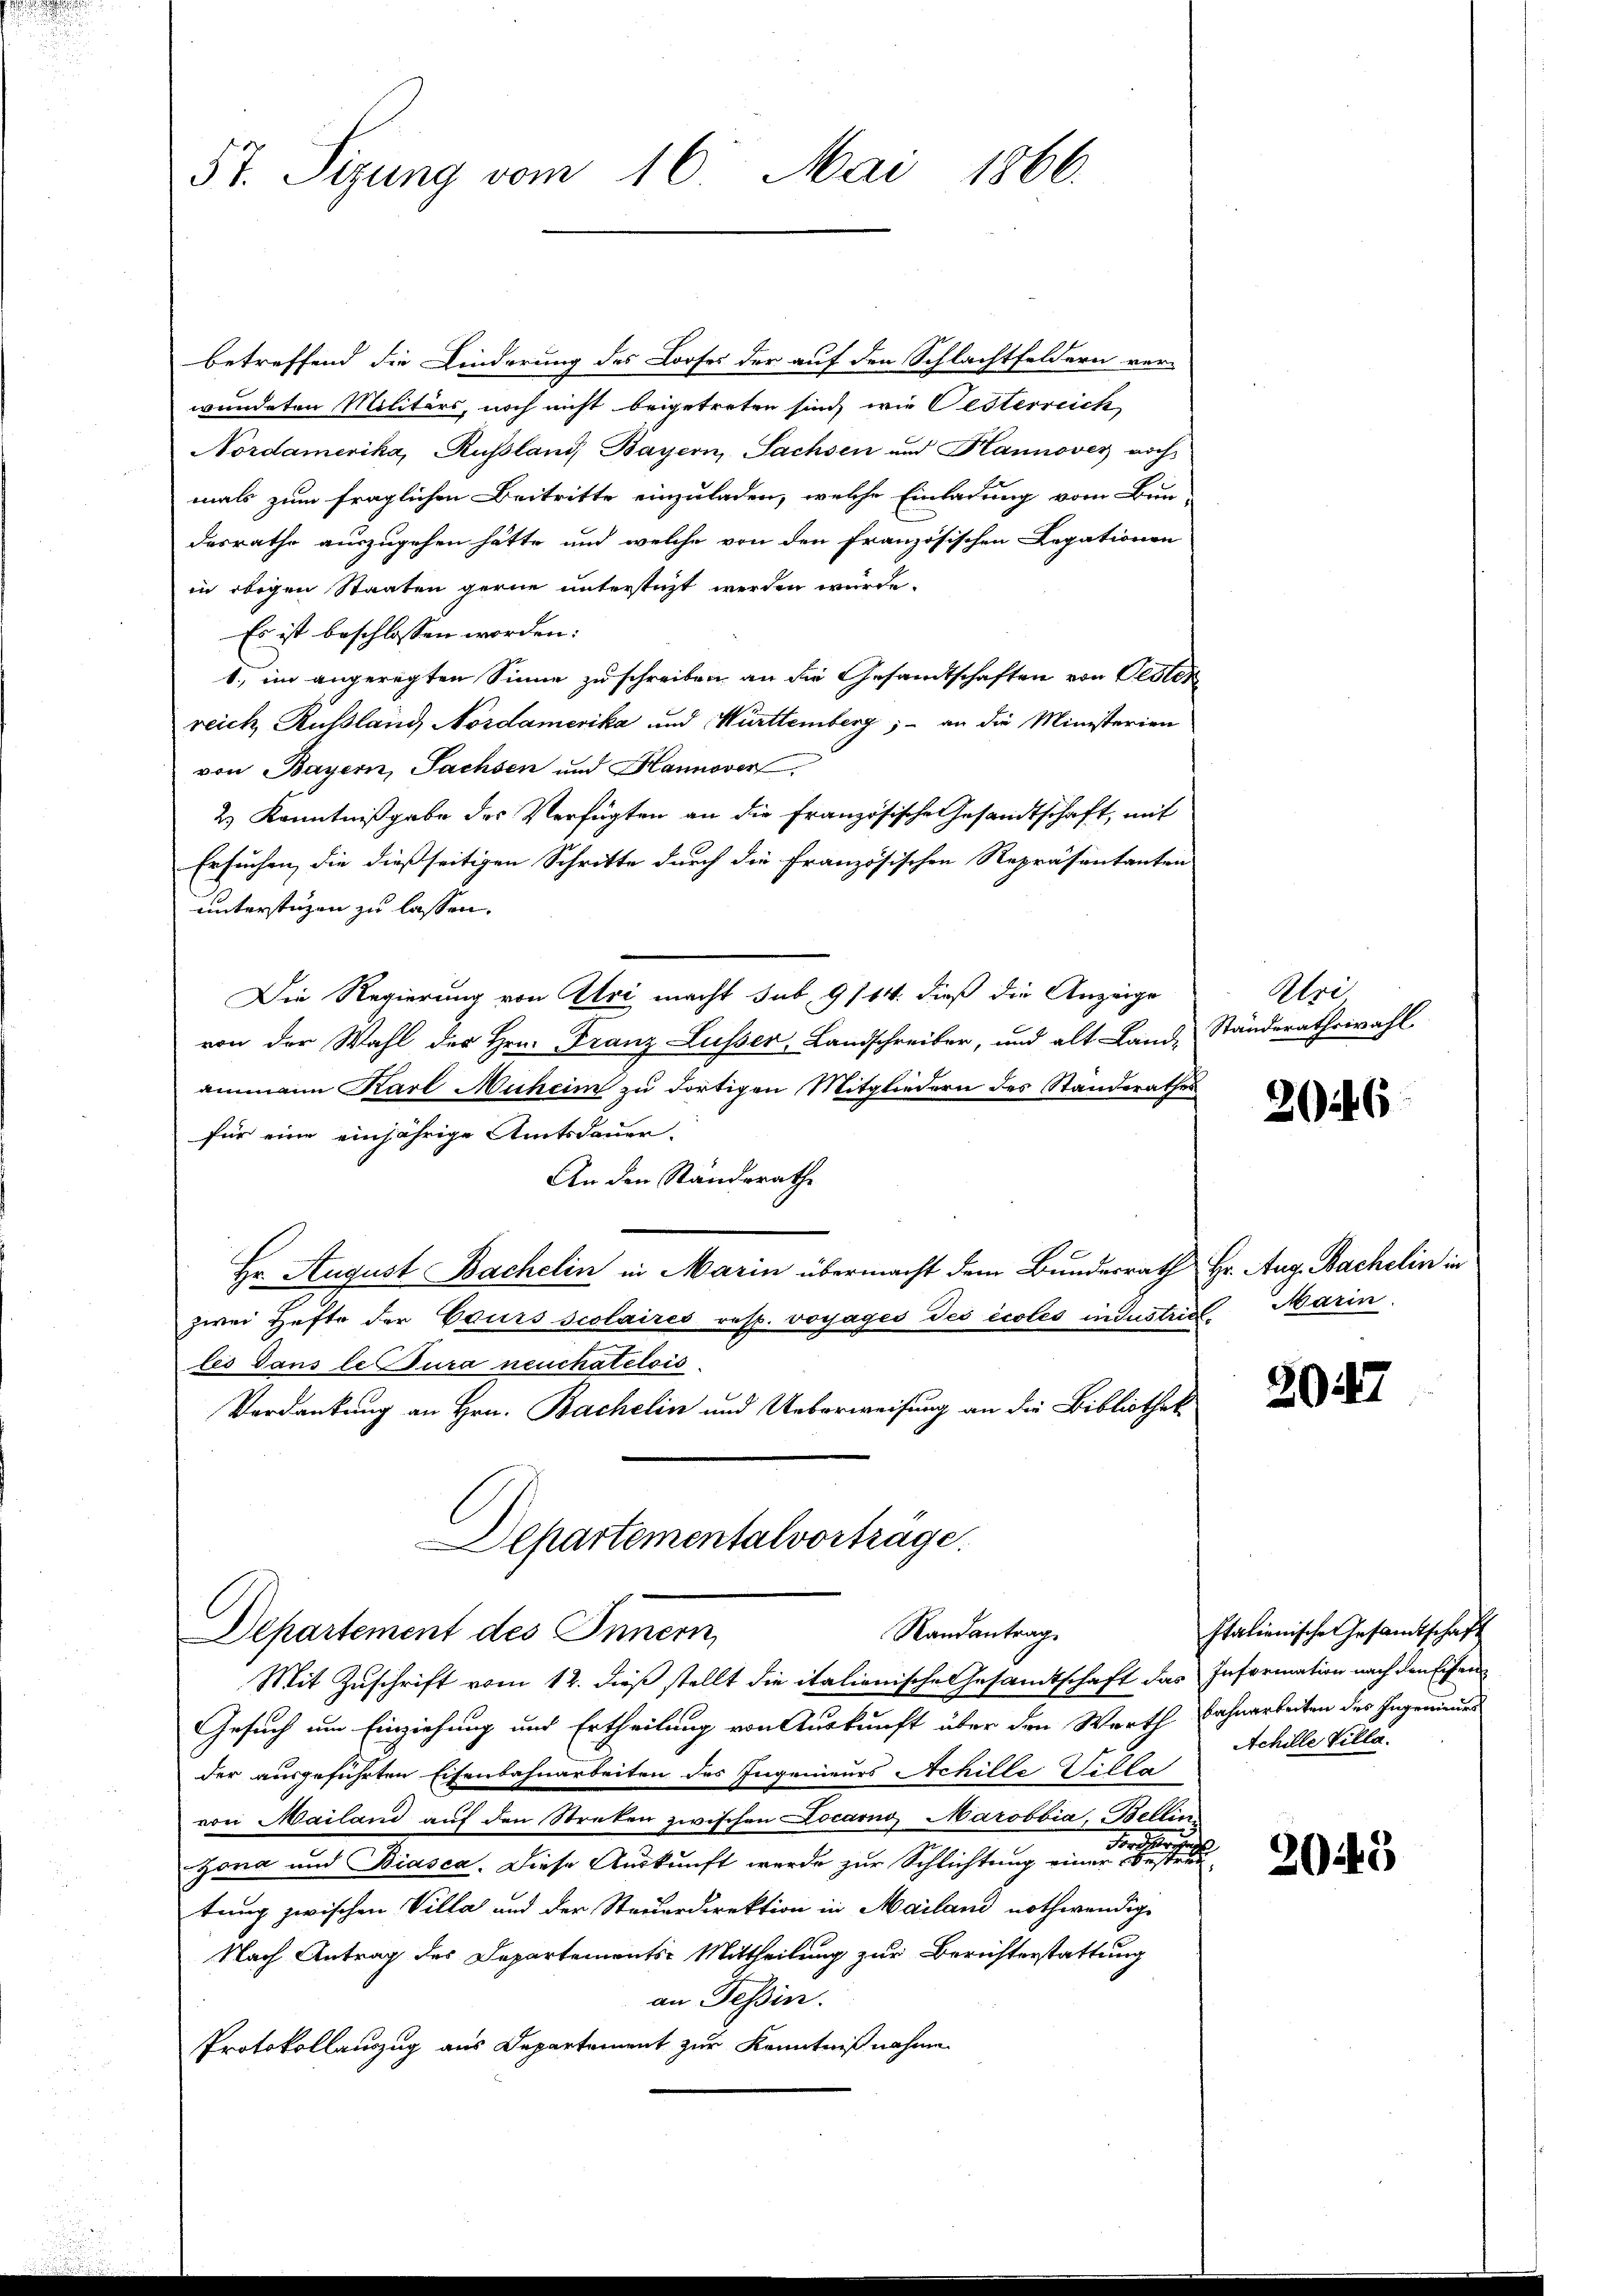
d

57. Sizung vom 16. Mai 1866.

betreffend die Linderung des Looses der auf den Schlachtfeldern ver-
wundeten Militärs, noch nicht beigetreten sind, wie Oesterreich
Nordamerika, Russland Bayern, Sachsen und Hannover noch
mals zum fraglichen Beitritte einzuladen, welche Einladung vom Bun-
desrathe auszugehen hätte und welche von den französischen Legationen
in obigen Staaten gerne unterstüzt werden würde.
Es ist beschlossen worden:
1., im angeregten Sinne zu schreiben an die Gesandtschaften von Oester
reich Russland Nordamerika und Württemberg; - an die Ministerien
von Bayern, Sachsen und Hannoverl
2.) Kenntnißgabe des Verfügten an die Französische Gesandtschaft, mit
Ersuchen, die dießseitigen Schritte durch die Französischen Repräsentanten-
unterstüzen zu lassen.
Die Regierung von Uri macht sub 9/14. dieß die Anzeige
von der Wahl der Hrn. Franz Lusser, Landschreiber, und alt Land-
ammann Karl Muheim zu dortigen Mitgliedern des Standerathes
für eine einjährige Amtsdauer-
An den Standsrathe
Hr. August Bachelin in Marin übermacht dem Bundesrath Hr. Aug. Bachelin in
zwei Hefte der Cours scolaires resp. voyages des écoles industris Marin.
les dans le dura neuchatelois.
Verdankung an Hrn. Bachelin und Ueberweisung an die Bibliothek
Departementalvorträge.
Randantrag.
Departement des Innern,
Mit Zuschrift vom 12. dieß stellt die italienische Gesandtschaft das Information nach den Eisen
Gesuch um Einziehung und Ertheilung von Auskunft über den Werth Bahnarbeiten des Ingenauer
der ausgeführten Eisenbahnarbeiten des Ingenieurs Achille Silla
von Mailand auf den Streken zwischen Locarno Marobbia, Bellin
zona und Biasca. Diese Auskunft werde zur Schlichtung einer einer einen seine
tung zwischen Villa und der Steuerdirektion in Mailand nothwendige
Nach Antrag des Departements-Mittheilung zur Berichterstattung
an Tessin.
Protokollauszug aus Departement zur Kenntnißnahme

Aloi
Ständerathswahl

246

2047

Italienische Gesandtschaft
Achille Villa.

2043